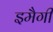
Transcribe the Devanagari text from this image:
इमैगी